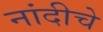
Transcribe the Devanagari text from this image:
नांदीचे